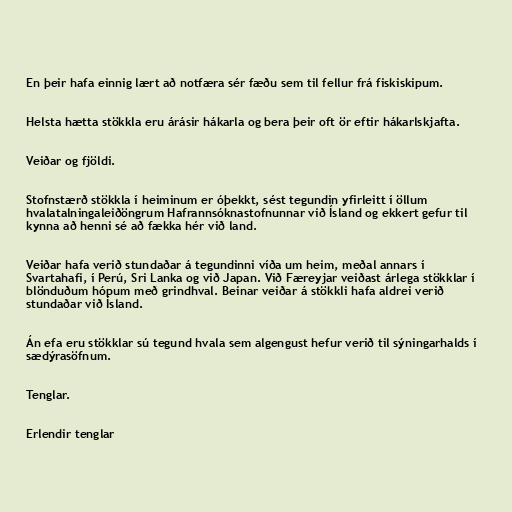
En þeir hafa einnig lært að notfæra sér fæðu sem til fellur frá fiskiskipum.

Helsta hætta stökkla eru árásir hákarla og bera þeir oft ör eftir hákarlskjafta.

Veiðar og fjöldi.

Stofnstærð stökkla í heiminum er óþekkt, sést tegundin yfirleitt í öllum
hvalatalningaleiðöngrum Hafrannsóknastofnunnar við Ísland og ekkert gefur til
kynna að henni sé að fækka hér við land.

Veiðar hafa verið stundaðar á tegundinni víða um heim, meðal annars í
Svartahafi, í Perú, Sri Lanka og við Japan. Við Færeyjar veiðast árlega stökklar í
blönduðum hópum með grindhval. Beinar veiðar á stökkli hafa aldrei verið
stundaðar við Ísland.

Án efa eru stökklar sú tegund hvala sem algengust hefur verið til sýningarhalds í
sædýrasöfnum.

Tenglar.

Erlendir tenglar